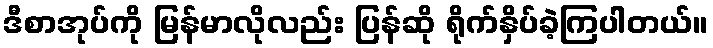
ဒီစာအုပ်ကို မြန်မာလိုလည်း ပြန်ဆို ရိုက်နှိပ်ခဲ့ကြပါတယ်။